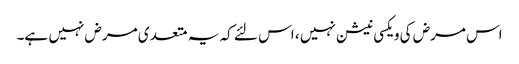
اس مرض کی ویکسی نیشن نہیں ، اس لئے کہ یہ متعد ی مرض نہیں ہے۔